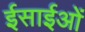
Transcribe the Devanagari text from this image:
ईसाईओं